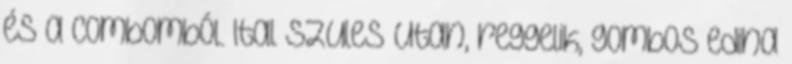
és a combomból. Ital szules utan, reggelik, gombos edina